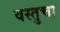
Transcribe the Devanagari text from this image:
वस्तुचा